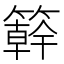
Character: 簳